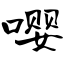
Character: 嘤